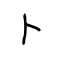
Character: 卜